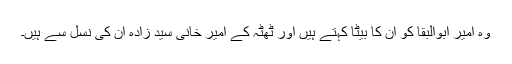
وہ امیر ابوالبقا کو ان کا بیٹا کہتے ہیں اور ٹھٹہ کے امیر خانی سید زادہ ان کی نسل سے ہیں۔